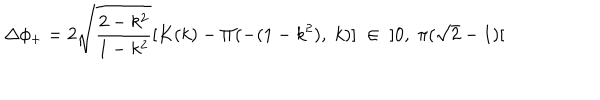
\Delta \phi _ { + } = 2 \sqrt { \frac { 2 - k ^ { 2 } } { 1 - k ^ { 2 } } } [ K ( k ) - \Pi ( - ( 1 - k ^ { 2 } ) , \; k ) ] \; \in \; \; ] 0 , \; \pi ( \sqrt { 2 } - 1 ) [